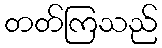
တတ်ကြသည်